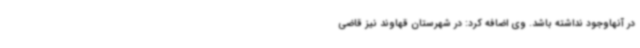
در آنهاوجود نداشته باشد. وی اضافه کرد: در شهرستان قهاوند نیز قاضی